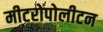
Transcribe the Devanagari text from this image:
मीटरोपोलीटन